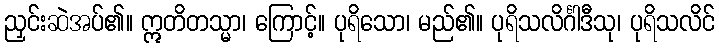
ညှင်းဆဲအပ်၏။ ဣတိတသ္မာ၊ ကြောင့်။ ပုရိသော၊ မည်၏။ ပုရိသလိင်္ဂါဒီသု၊ ပုရိသလိင်